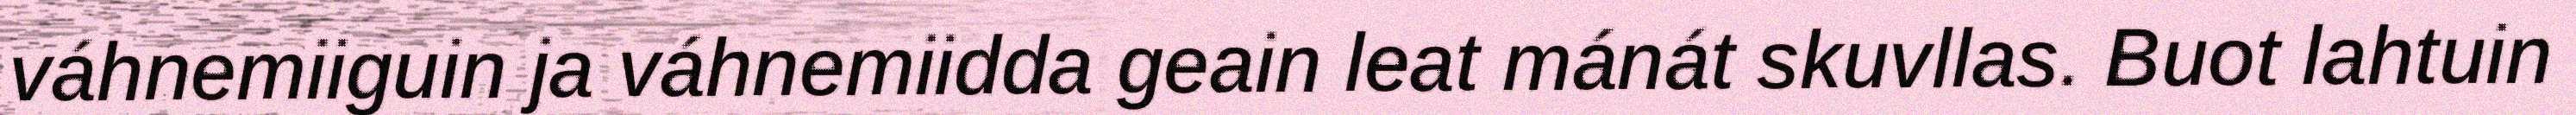
váhnemiiguin ja váhnemiidda geain leat mánát skuvllas. Buot lahtuin